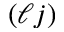
( \ell j )